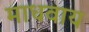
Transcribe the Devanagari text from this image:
माधवाय